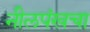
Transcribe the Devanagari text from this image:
नीलपंखचा